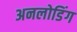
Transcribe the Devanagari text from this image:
अनलोडिंग